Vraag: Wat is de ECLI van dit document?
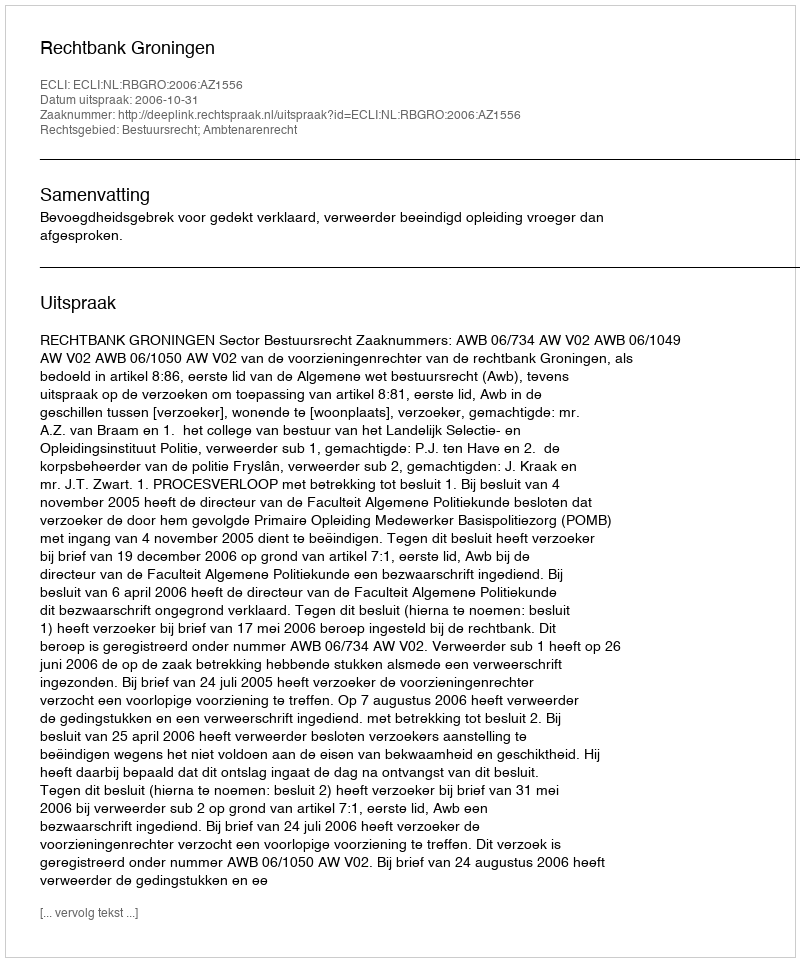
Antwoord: ECLI:NL:RBGRO:2006:AZ1556